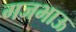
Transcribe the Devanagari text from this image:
गजभाऊ